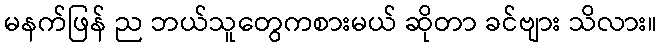
မနက်ဖြန် ည ဘယ်သူတွေကစားမယ် ဆိုတာ ခင်ဗျား သိလား။